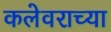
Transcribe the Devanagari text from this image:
कलेवराच्या